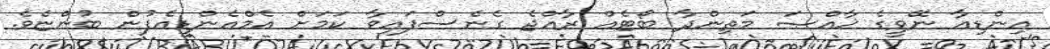
އިންޑިއާ ނޭވީގެ ޚާއްޞަ މަތިންދާ ބޯޓެއް ރާއްޖެ ގެނެސްފައިވާ ކަމަށް އެމްއެންޑީއެފުން ބުންޏެވެ.